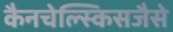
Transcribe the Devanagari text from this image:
कैनचेल्स्किसजैसे